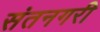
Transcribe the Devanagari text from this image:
संतनगरी